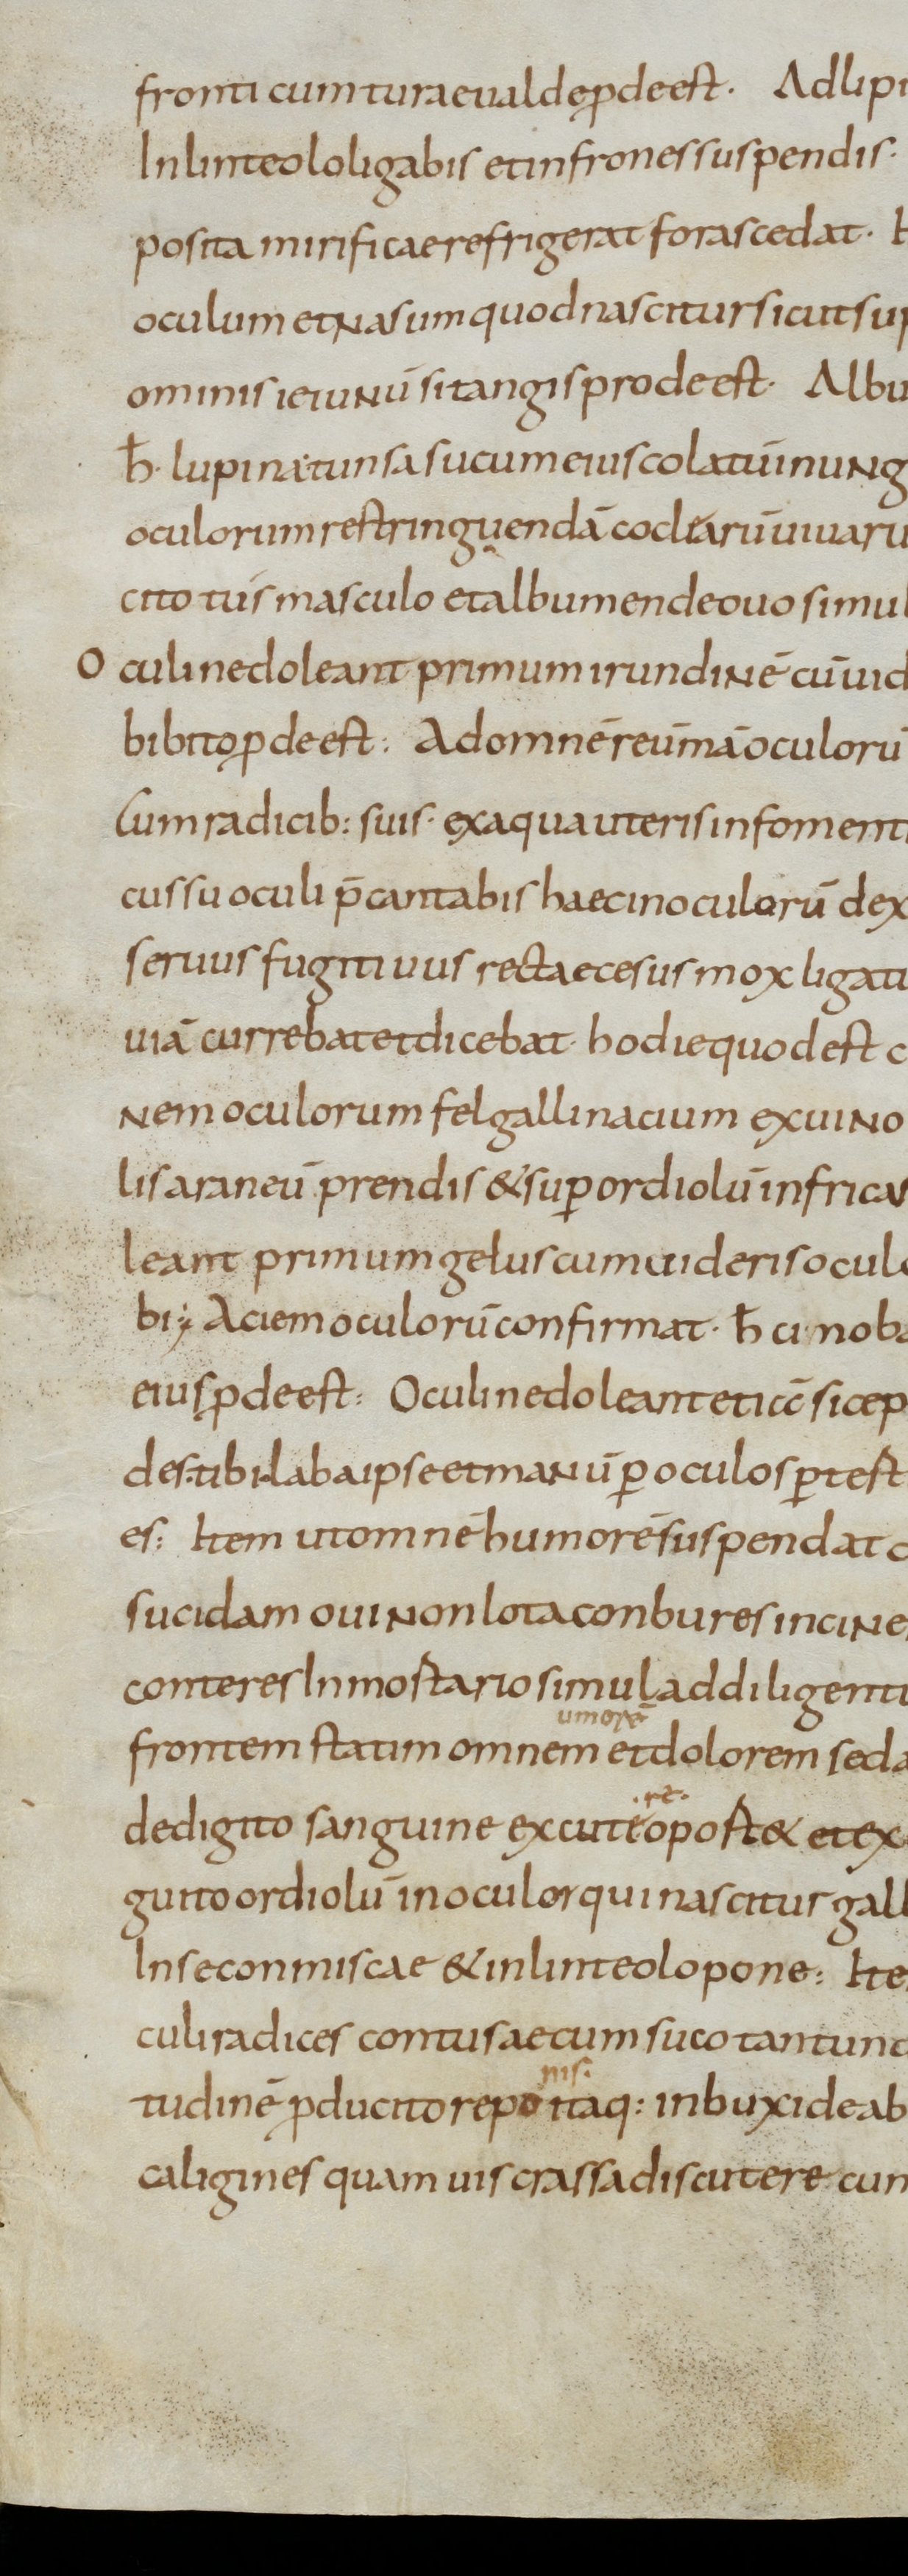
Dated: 800–899